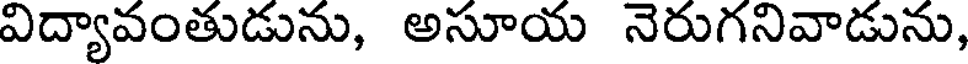
విద్యావంతుడును, అసూయ నెరుగనివాడును,